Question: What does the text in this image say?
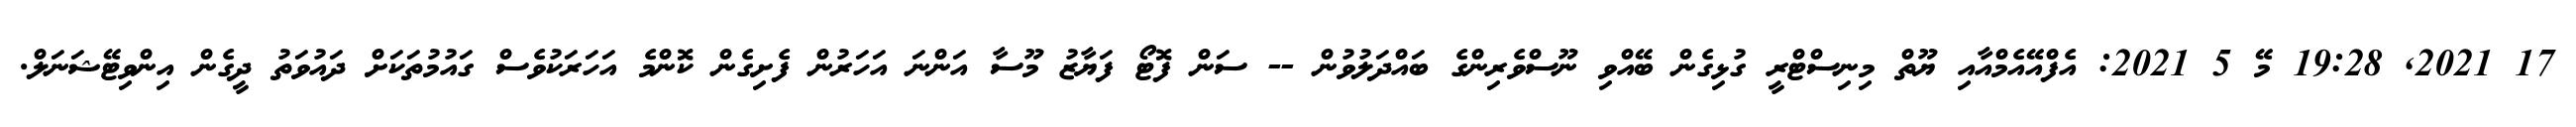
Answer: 17 2021, 19:28 މޭ 5 2021: އެފްއޭއެމްއާއި ޔޫތް މިނިސްޓްރީ ގުޅިގެން ބޭއްވި ނޫސްވެރިންގެ ބައްދަލުވުން -- ސަން ފޮޓޯ ފަޔާޒު މޫސާ އަންނަ އަހަރުން ފެށިގެން ކޮންމެ އަހަރަކުވެސް ގައުމުތަކަށް ދައުވަތު ދީގެން އިންވިޓޭޝަނަލް.